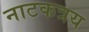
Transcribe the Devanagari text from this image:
नाटकत्रय